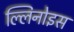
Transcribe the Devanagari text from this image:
ल्लिनोइस